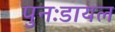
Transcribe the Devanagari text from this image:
पुनःडायल